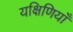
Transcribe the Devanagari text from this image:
यक्षिणियाँ